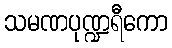
သမဏပုဏ္ဍရီကော